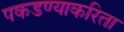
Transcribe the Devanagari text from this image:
पकडण्याकरिता